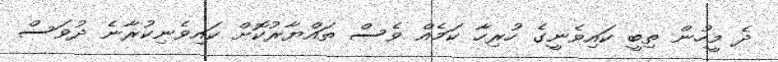
ދެ މީހުން ތިބީ ކައިވެނީގެ ހުރިހާ ކަމެއް ވެސް ތައްޔާރުކޮށް ކައިވެނިކުރާނެ ދުވަސް